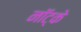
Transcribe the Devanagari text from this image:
नॉट्के